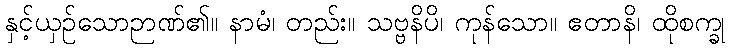
နှင့်ယှဉ်သောဉာဏ်၏။ နာမံ၊ တည်း။ သဗ္ဗနိပိ၊ ကုန်သော။ ဧတာနိ၊ ထိုစက္ခု